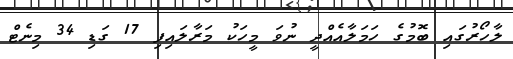
ލާހޯރުގައި ބޮމުގެ ހަމަލާއެއްދީ ނުވަ މީހަކު މަރާލައިފި 17 ގަޑި 34 މިނެޓް